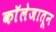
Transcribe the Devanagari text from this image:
काॅलेजातून